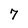
Character: 7